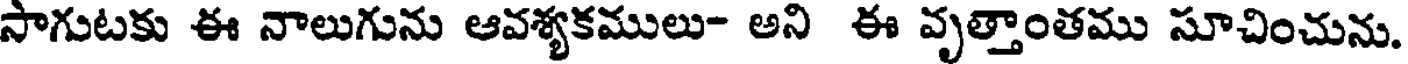
సాగుటకు ఈ నాలుగును ఆవశ్యకములు- అని ఈ వృత్తాంతము సూచించును.